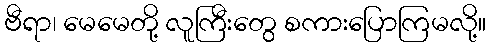
ဗီရာ၊ မေမေတို့ လူကြီးတွေ စကားပြောကြမလို့။